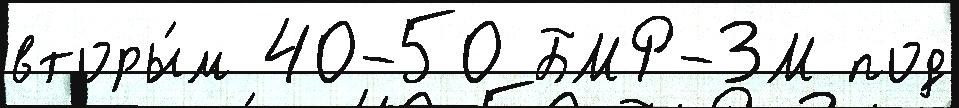
вторы́м 40-50 БМР-3М под